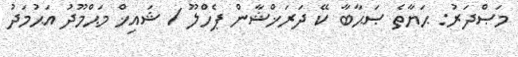
މަޞްދަރު: ޙަޔާތެ ޞަޙާބާ ކޭ ދަރަޚްޝާން ޕެހްލޫ / ޝައިޚް މަޙްމޫދު އަޙުމަދު